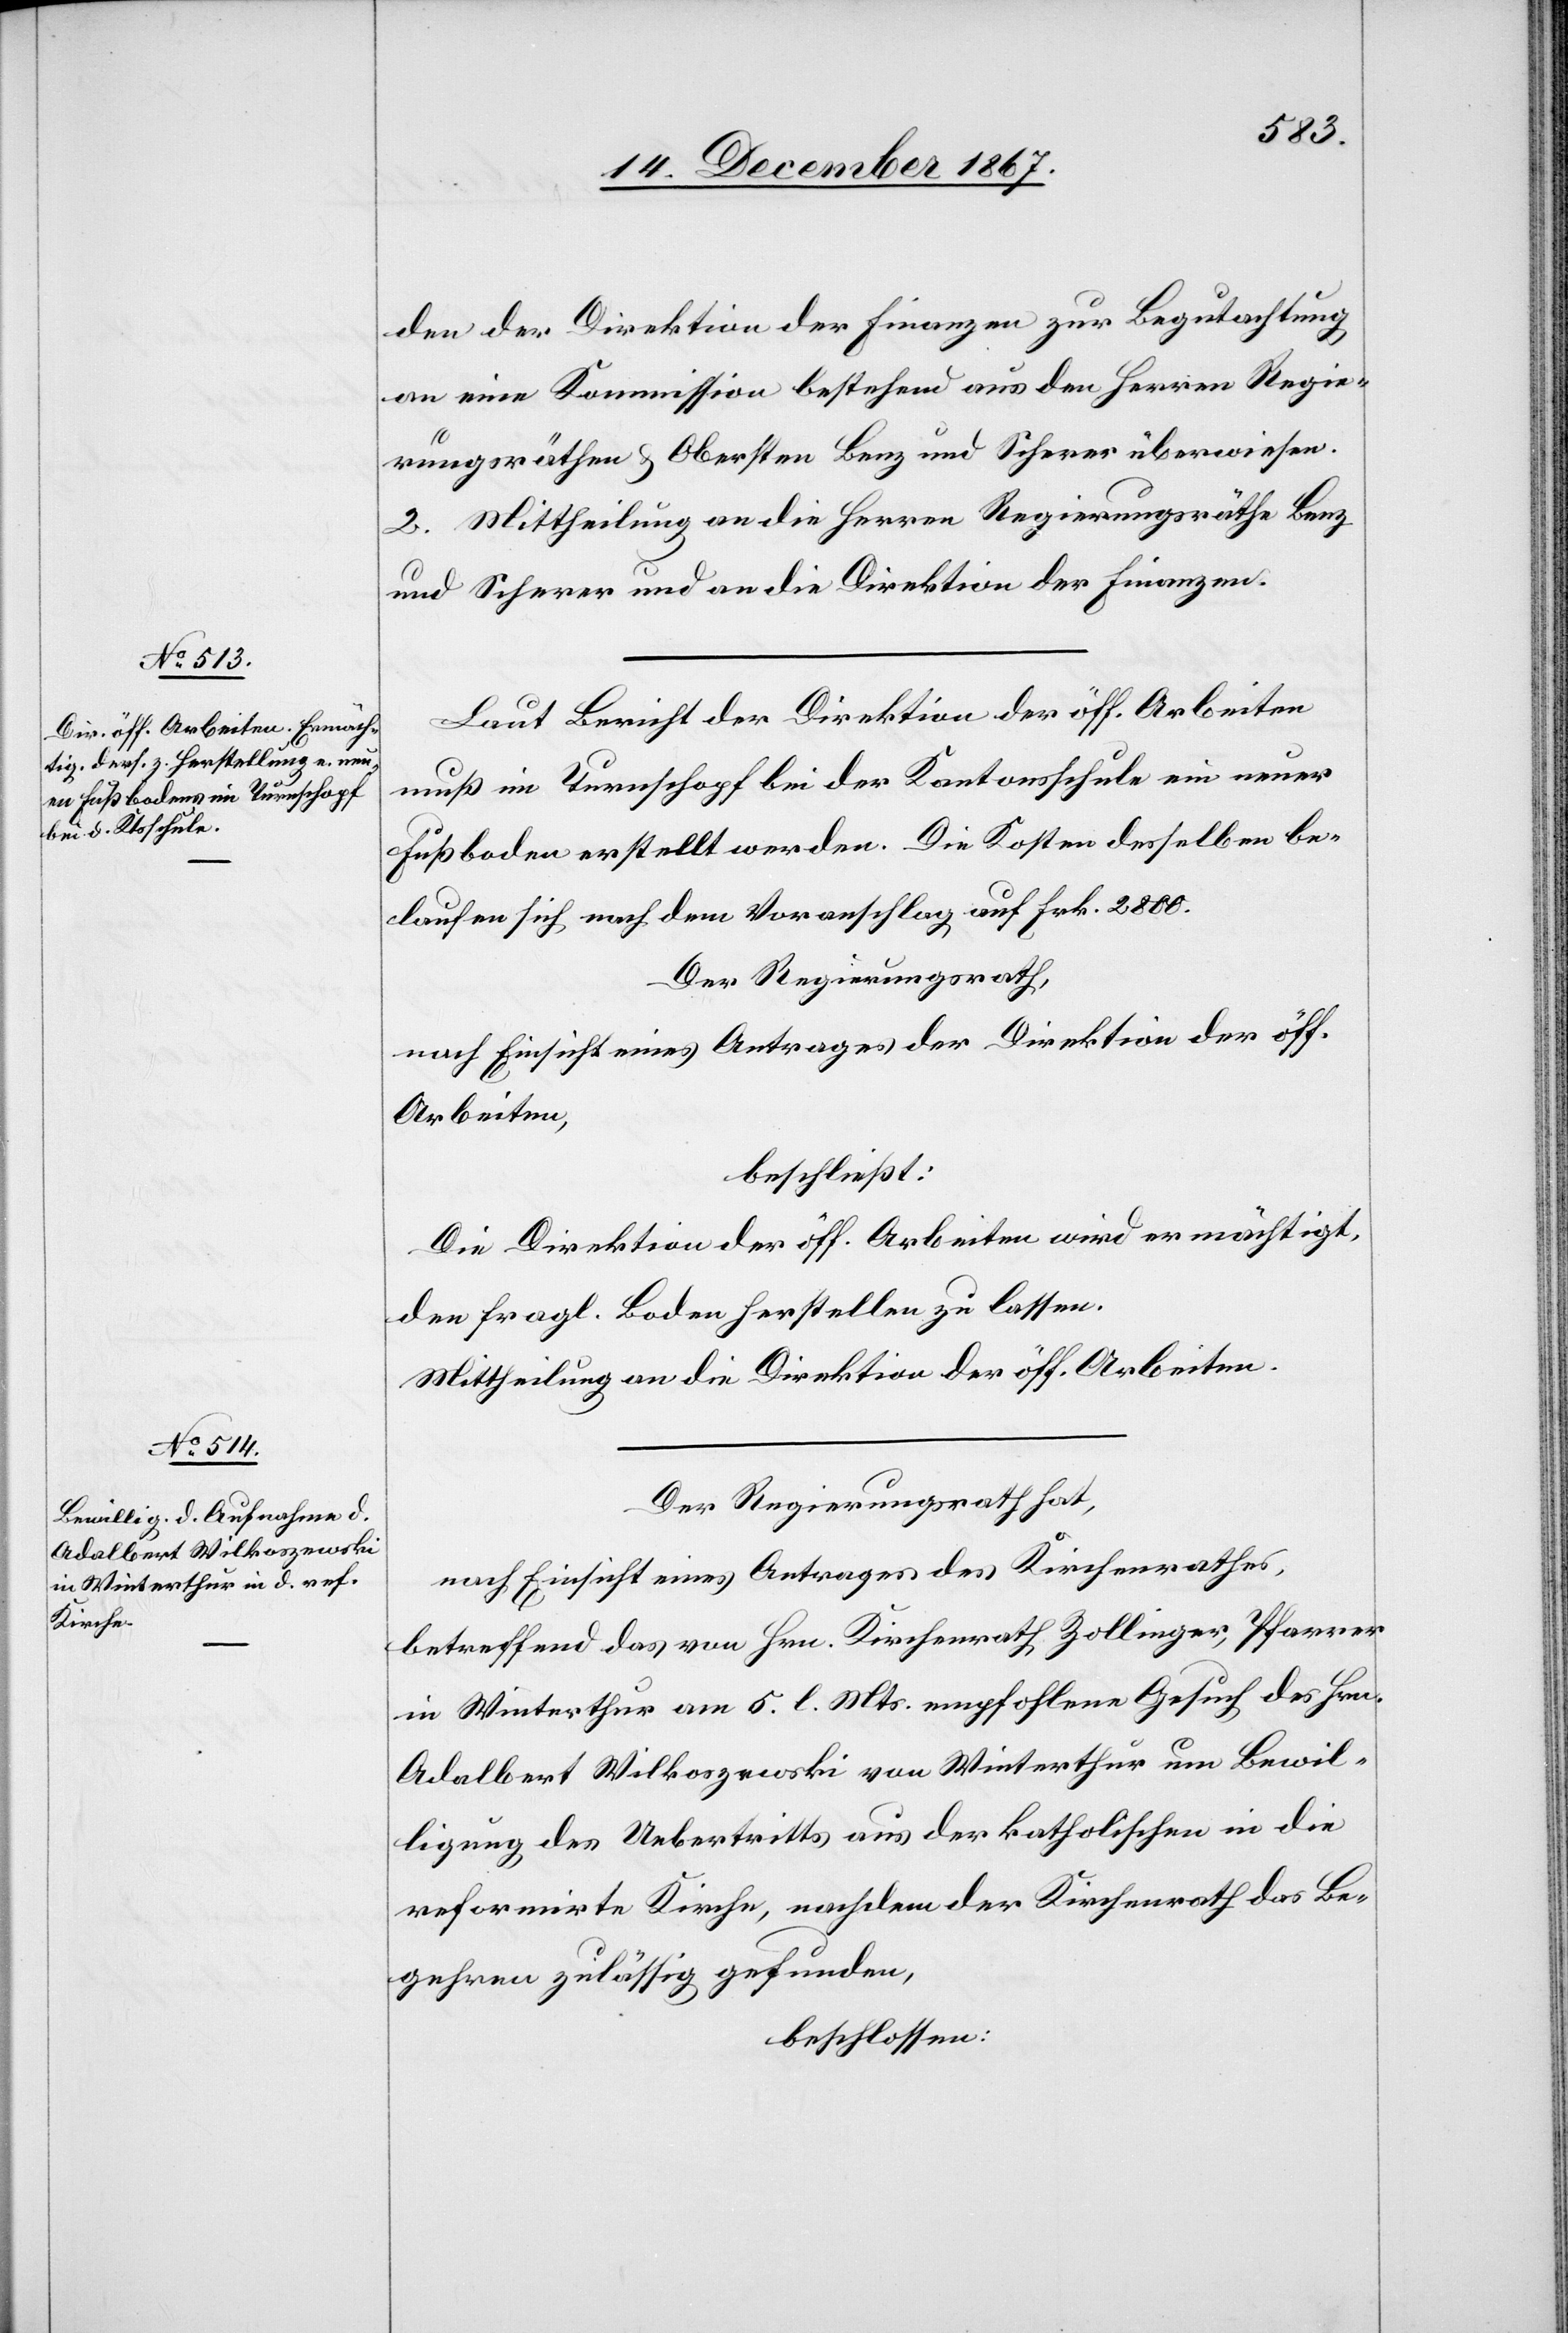
den der Direktion der Finanzen zur Begutachtung
an eine Kommission bestehend aus den Herren Regie¬
rungsräthen u. Obersten Benz und Scherer überwiesen.
2. Mittheilung an die Herren Regierungsräthe Benz
u. Scherer und an die Direktion der Finanzen.
Laut Bericht der Direktion der öff. Arbeiten
muß im Turnschopf bei der Kantonsschule ein neuer
Fußboden erstellt werden. Die Kosten desselben be¬
laufen sich nach dem Voranschlag auf Frk. 2800.
Der Regierungsrath,
nach Einsicht eines Antrages der Direktion der öff.
Arbeiten,
beschließt:
Die Direktion der öff. Arbeiten wird ermächtigt,
den fragl. Boden herstellen zu lassen.
Mittheilung an die Direktion der öff. Arbeiten.
Der Regierungsrath hat,
nach Einsicht eines Antrages des Kirchenrathes,
betreffend das von Hrn. Kirchenrath Zollinger, Pfarrer
in Winterthur am 5. l. Mts. empfohlene Gesuch des Hrn.
Adalbert Wilkoszewski von Winterthur um Bewil¬
ligung des Uebertritts aus der katholischen in die
reformirte Kirche, nachdem der Kirchenrath das Be¬
gehren zulässig gefunden,
beschlossen: